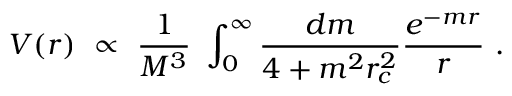
V ( r ) ~ \propto ~ { \frac { 1 } { M ^ { 3 } } } ~ \int _ { 0 } ^ { \infty } { \frac { d m } { 4 + m ^ { 2 } r _ { c } ^ { 2 } } } { \frac { e ^ { - m r } } { r } } ~ .